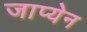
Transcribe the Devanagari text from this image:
जाप्येन